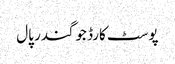
پوسٹ کارڈ جوگندر پال